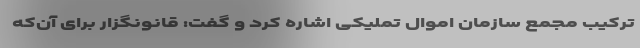
ترکیب مجمع سازمان اموال تملیکی اشاره کرد و گفت: قانونگزار برای آن‌که